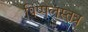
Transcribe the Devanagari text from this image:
पिप्पलस्तत्र